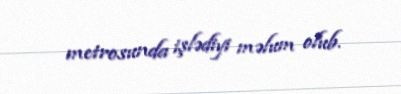
metrosunda işlədiyi məlum olub.